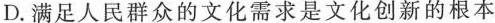
D.满足人民群众的文化需求是文化创新的根本